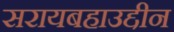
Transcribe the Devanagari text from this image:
सरायबहाउद्दीन